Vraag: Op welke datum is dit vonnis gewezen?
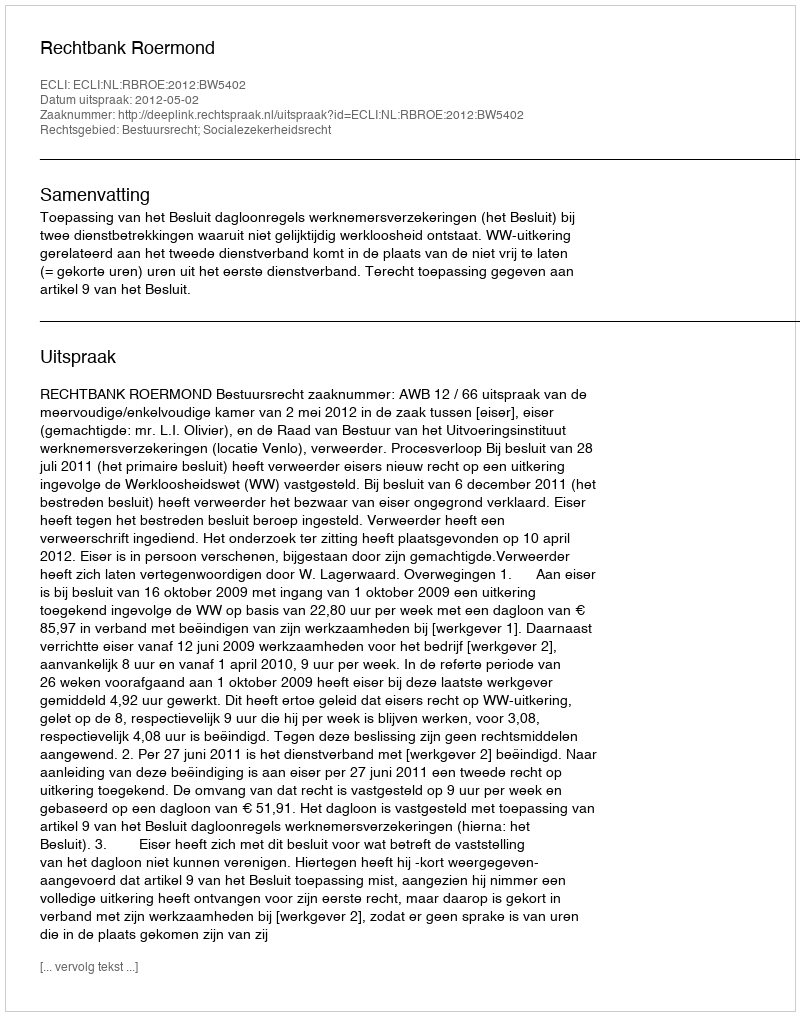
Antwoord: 2012-05-02